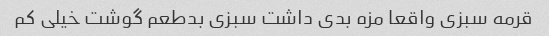
قرمه سبزی واقعا مزه بدی داشت سبزی بدطعم گوشت خیلی کم